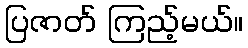
ပြဇာတ် ကြည့်မယ်။